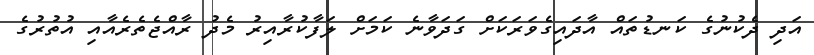
އަދި ދެކުނުގެ ކަނޑުތައް އާދައިގެވަރަކަށް ގަދަވާނެ ކަމަށް ލަފާކުރާއިރު މެދު ރާއްޖެތެރެއާއި އުތުރުގެ